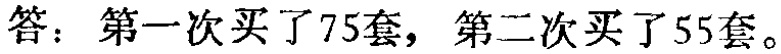
答：第一次买了75套，第二次买了55套。